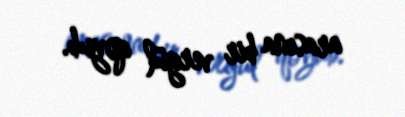
arasına bir vergül qoyub.